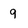
Character: 9